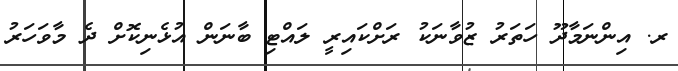
ރ. އިންނަމާދޫ ހަތަރު ޒުވާނަކު ރަށްކައިރީ ލައްޓި ބާނަން އުޅެނިކޮށް ދެ މާވަހަރު